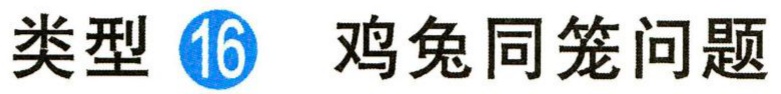
类型 \textcircled{16} 鸡兔同笼问题